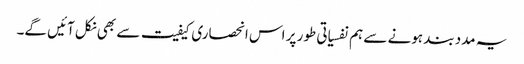
یہ مدد بند ہونے سے ہم نفسیاتی طور پر اس انحصاری کیفیت سے بھی نکل آئیں گے۔